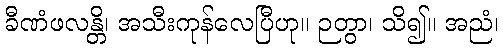
ခီဏံဖလန္တိ၊ အသီးကုန်လေပြီဟု။ ဉတွာ၊ သိ၍။ အညံ၊